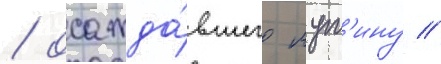
/ осажда́вшего мут'ину //